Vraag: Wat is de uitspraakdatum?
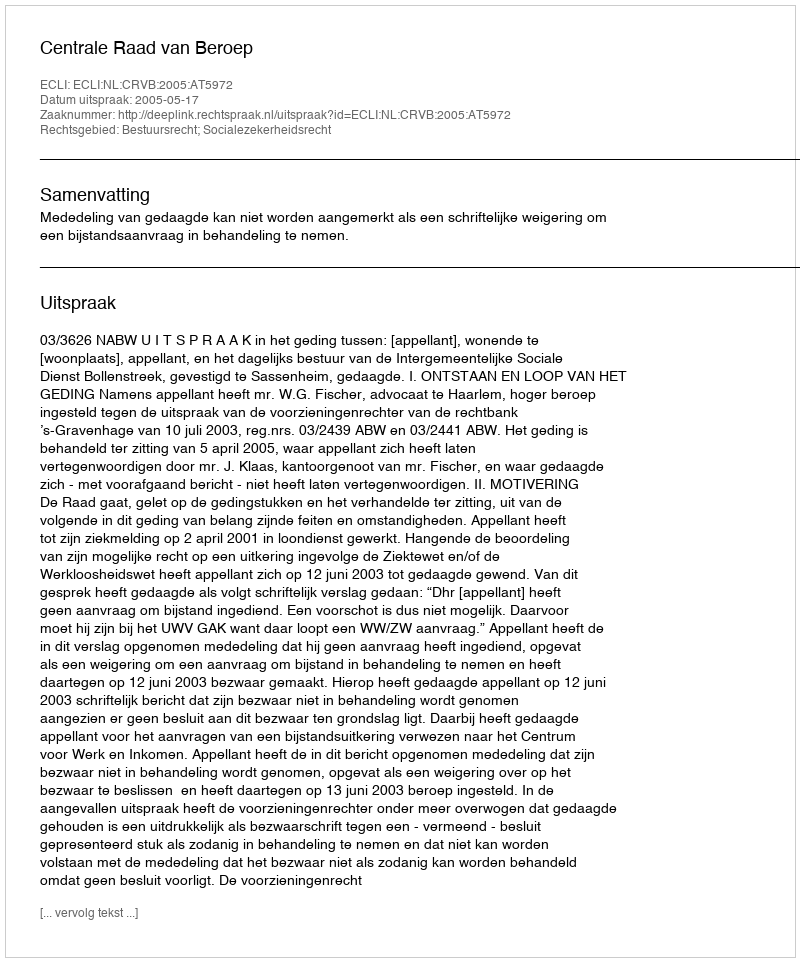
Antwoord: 2005-05-17